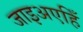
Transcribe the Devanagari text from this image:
जाइअएहिँ